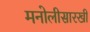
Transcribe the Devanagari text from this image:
मनोलीसारखी